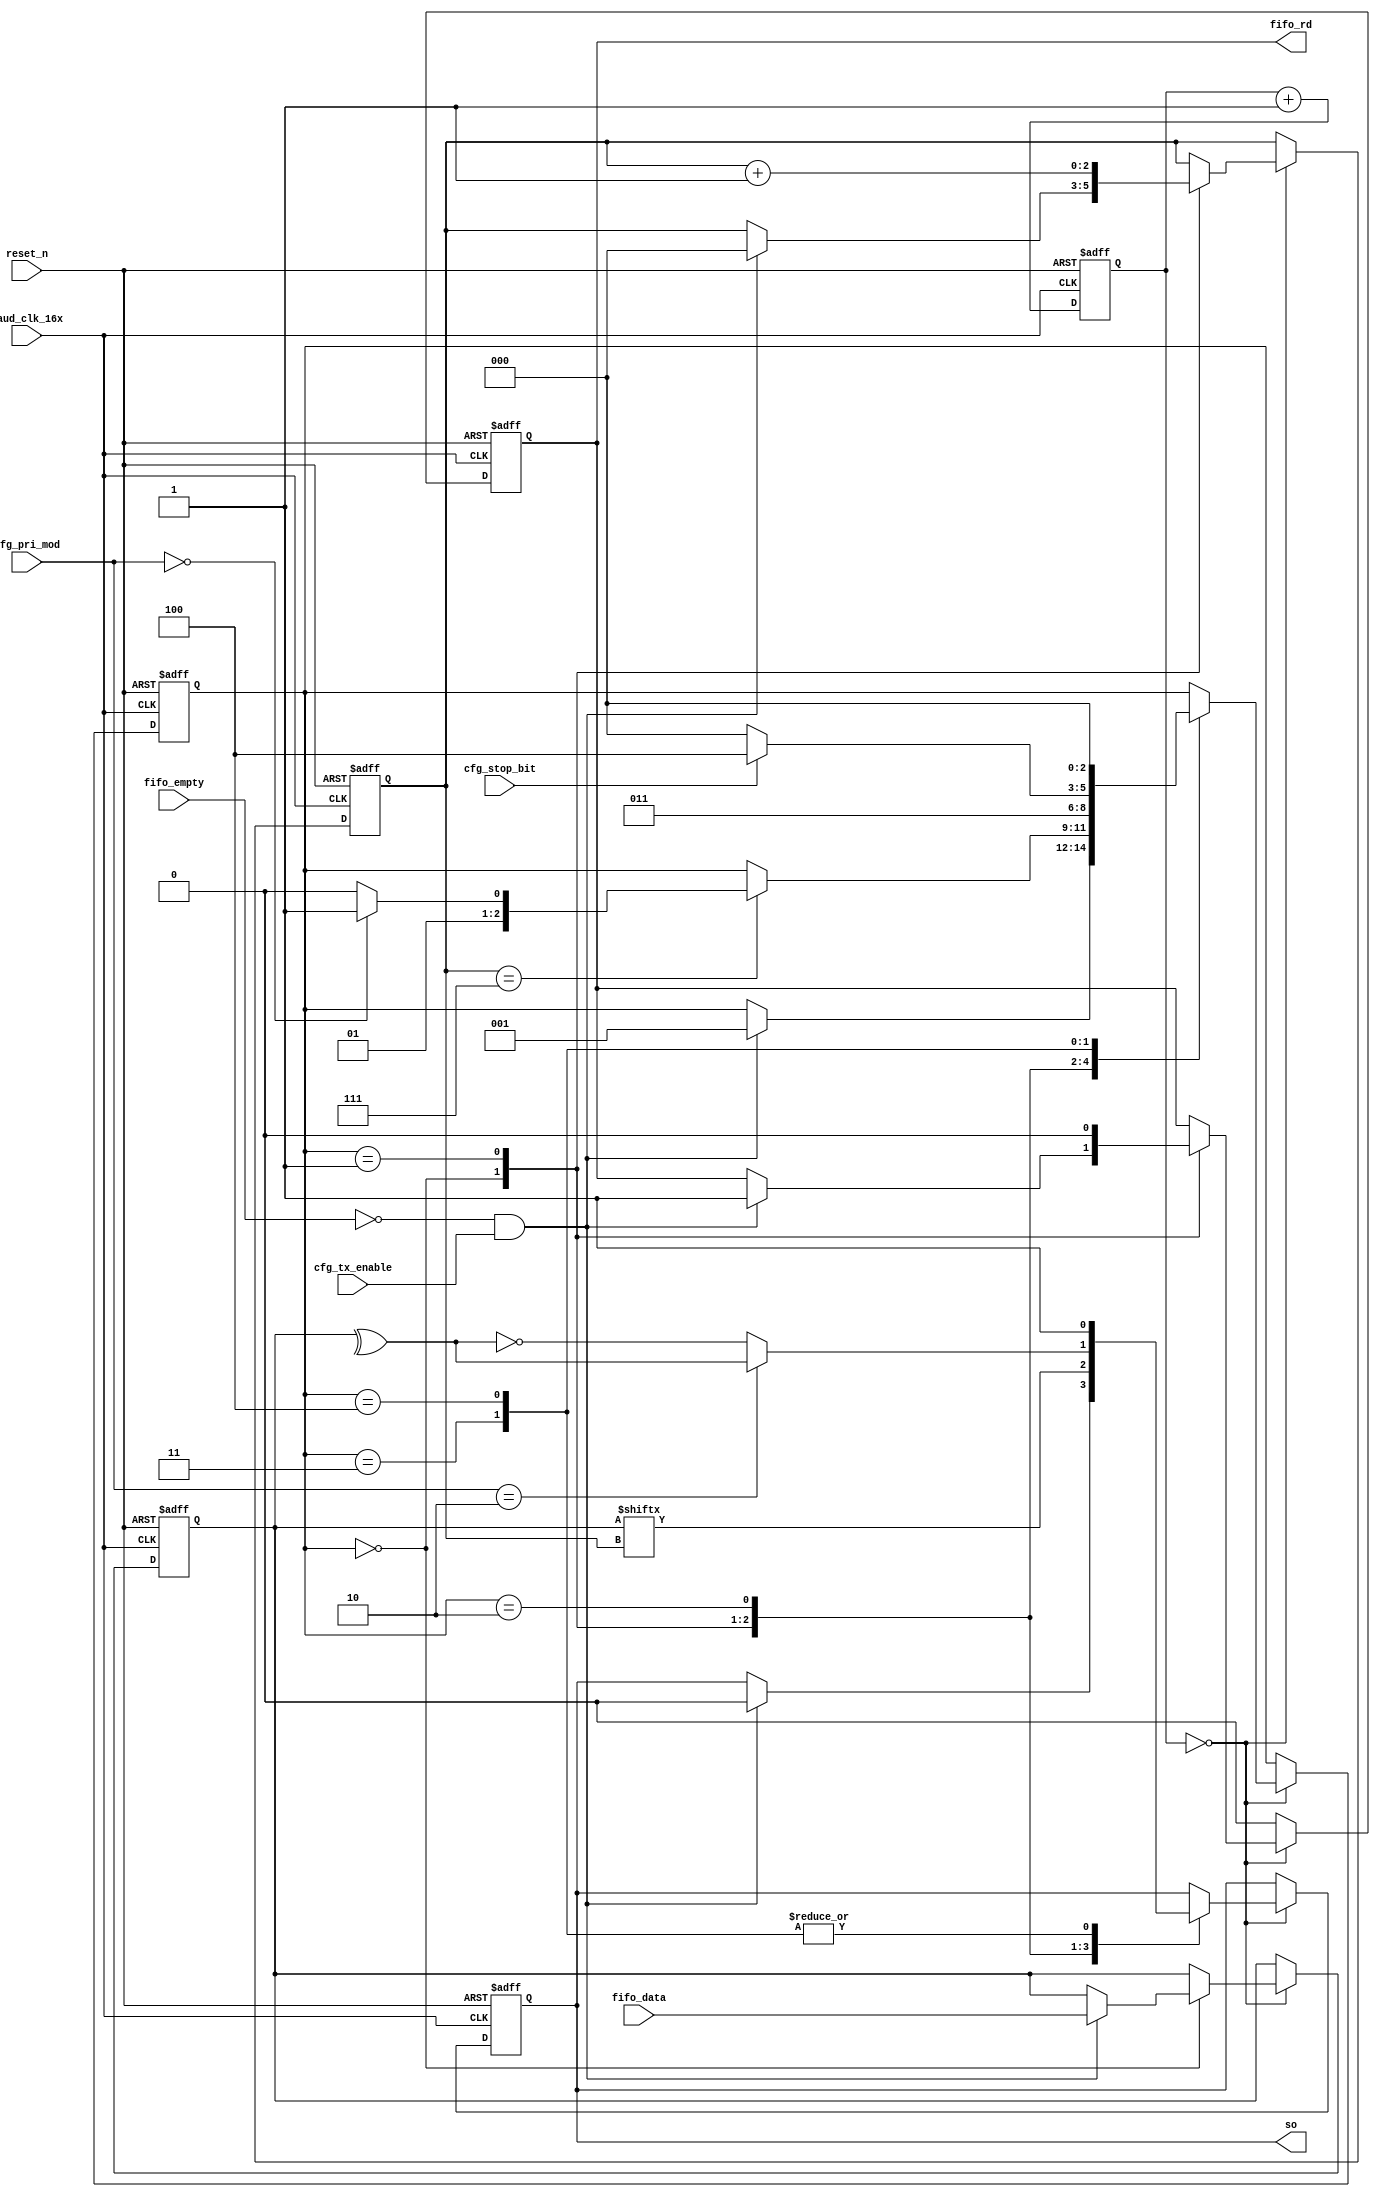
//////////////////////////////////////////////////////////////////////
////                                                              ////
////  Tubo 8051 cores UART Interface Module                       ////
////                                                              ////
////  This file is part of the Turbo 8051 cores project           ////
////  http://www.opencores.org/cores/turbo8051/                   ////
////                                                              ////
////  Description                                                 ////
////  Turbo 8051 definitions.                                     ////
////                                                              ////
////  To Do:                                                      ////
////    nothing                                                   ////
////                                                              ////
////  Author(s):                                                  ////
////      - Dinesh Annayya, dinesha@opencores.org                 ////
////                                                              ////
//////////////////////////////////////////////////////////////////////
////                                                              ////
//// Copyright (C) 2000 Authors and OPENCORES.ORG                 ////
////                                                              ////
//// This source file may be used and distributed without         ////
//// restriction provided that this copyright statement is not    ////
//// removed from the file and that any derivative work contains  ////
//// the original copyright notice and the associated disclaimer. ////
////                                                              ////
//// This source file is free software; you can redistribute it   ////
//// and/or modify it under the terms of the GNU Lesser General   ////
//// Public License as published by the Free Software Foundation; ////
//// either version 2.1 of the License, or (at your option) any   ////
//// later version.                                               ////
////                                                              ////
//// This source is distributed in the hope that it will be       ////
//// useful, but WITHOUT ANY WARRANTY; without even the implied   ////
//// warranty of MERCHANTABILITY or FITNESS FOR A PARTICULAR      ////
//// PURPOSE.  See the GNU Lesser General Public License for more ////
//// details.                                                     ////
////                                                              ////
//// You should have received a copy of the GNU Lesser General    ////
//// Public License along with this source; if not, download it   ////
//// from http://www.opencores.org/lgpl.shtml                     ////
////                                                              ////
//////////////////////////////////////////////////////////////////////


// UART tx state machine

module uart_txfsm (
             reset_n        ,
             baud_clk_16x   ,

             cfg_tx_enable  ,
             cfg_stop_bit   ,
             cfg_pri_mod    ,

       // FIFO control signal
             fifo_empty     ,
             fifo_rd        ,
             fifo_data      ,

          // Line Interface
             so  
          );


input             reset_n        ; // active low reset signal
input             baud_clk_16x   ; // baud clock-16x

input             cfg_tx_enable  ; // transmit interface enable
input             cfg_stop_bit   ; // stop bit 
                                   // 0 --> 1 stop, 1 --> 2 Stop
input   [1:0]     cfg_pri_mod    ;// Priority Mode
                                   // 2'b00 --> None
                                   // 2'b10 --> Even priority
                                   // 2'b11 --> Odd priority

//--------------------------------------
//   FIFO control signal
//--------------------------------------
input             fifo_empty     ; // fifo empty
output            fifo_rd        ; // fifo read, assumed no back to back read
input  [7:0]      fifo_data      ; // fifo read data

// Line Interface
output            so             ;  // txd pin


reg  [2:0]         txstate       ; // tx state
reg                so            ; // txd pin
reg  [7:0]         txdata        ; // local txdata
reg                fifo_rd       ; // Fifo read enable
reg  [2:0]         cnt           ; // local data cont
reg  [3:0]         divcnt        ; // clock div count

parameter idle_st      = 3'b000;
parameter xfr_data_st  = 3'b001;
parameter xfr_pri_st   = 3'b010;
parameter xfr_stop_st1 = 3'b011;
parameter xfr_stop_st2 = 3'b100;


always @(negedge reset_n or posedge baud_clk_16x)
begin
   if(reset_n == 1'b0) begin
      txstate  <= idle_st;
      so       <= 1'b1;
      cnt      <= 3'b0;
      txdata   <= 8'h0;
      fifo_rd  <= 1'b0;
      divcnt   <= 4'b0;
   end
   else begin
      divcnt <= divcnt+1;
      if(divcnt == 4'b0000) begin // Do at once in 16 clock
         case(txstate)
          idle_st      : begin
               if(!fifo_empty && cfg_tx_enable) begin
                  so       <= 1'b0 ; // Start bit
                  cnt      <= 3'b0;
                  fifo_rd  <= 1'b1;
                  txdata   <= fifo_data;
                  txstate  <= xfr_data_st;  
               end
            end

          xfr_data_st  : begin
              fifo_rd  <= 1'b0;
              so   <= txdata[cnt];
              cnt  <= cnt+1;
              if(cnt == 7) begin
                 if(cfg_pri_mod == 2'b00) begin // No Priority
                    txstate  <= xfr_stop_st1;  
                 end
                 else begin
                    txstate <= xfr_pri_st;  
                 end
              end
           end

          xfr_pri_st   : begin
               if(cfg_pri_mod == 2'b10)  // even priority
                   so <= ^txdata;
               else begin // Odd Priority
                   so <= ~(^txdata);
               end
               txstate  <= xfr_stop_st1;  
            end

          xfr_stop_st1  : begin // First Stop Bit
               so <= 1;
               if(cfg_stop_bit == 0)  // 1 Stop Bit
                    txstate <= idle_st;
               else // 2 Stop Bit 
                  txstate  <= xfr_stop_st2;
            end

          xfr_stop_st2  : begin // Second Stop Bit
               so <= 1;
               txstate <= idle_st;
            end
         endcase
      end
     else begin
        fifo_rd  <= 1'b0;
     end
   end
end


endmodule